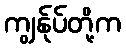
ကျွန်ုပ်တို့က